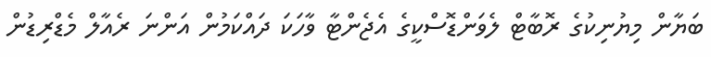
ބަޔާން މިޔުނިކުގެ ރޮބާޓް ލެވަންޑޮސްކީގެ އެޖެންޓާ ވާހަކަ ދައްކަމުން އަންނަ ރެއާލް މެޑްރިޑުން